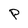
Character: P